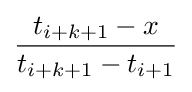
{\frac {t_{i+k+1}-x}{t_{i+k+1}-t_{i+1}}}